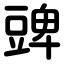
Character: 豍